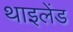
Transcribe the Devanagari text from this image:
थाइलेंड